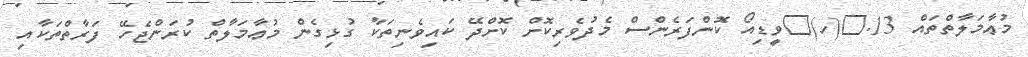
މުޢާމަލާތްތައް 13.	(ހ)	ވީޑިއޯ ކޮންފަރެންސް މެދުވެރިކޮށް ކޮށްދޭ ކައިވެނިތަކާ ގުޅިގެން މުޢާމަލާތް ކުރަންޖެހޭ ފަރާތްތަކާއި